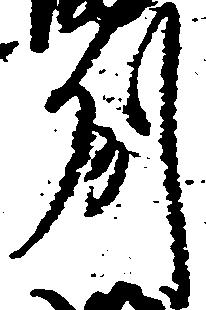
州